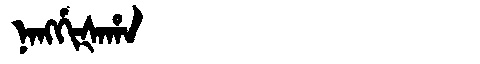
Manchu: ᠨᠠᠩᡤᡳᡧᠠᡥᠠ
Romanization: NANGGIŠAHA